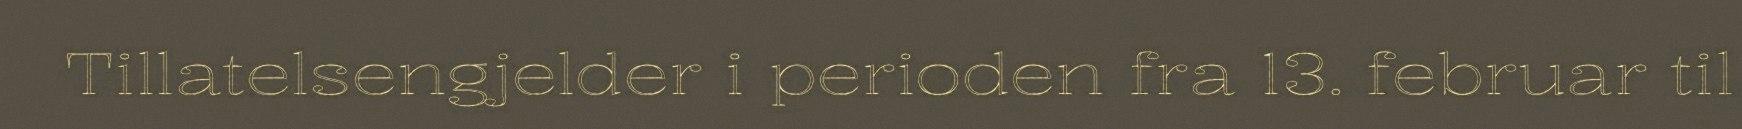
Tillatelsengjelder i perioden fra 13. februar til